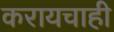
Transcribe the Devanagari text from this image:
करायचाही